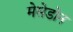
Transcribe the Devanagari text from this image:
मेसेडोन